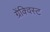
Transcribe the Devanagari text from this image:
ग्रेंक्विस्ट